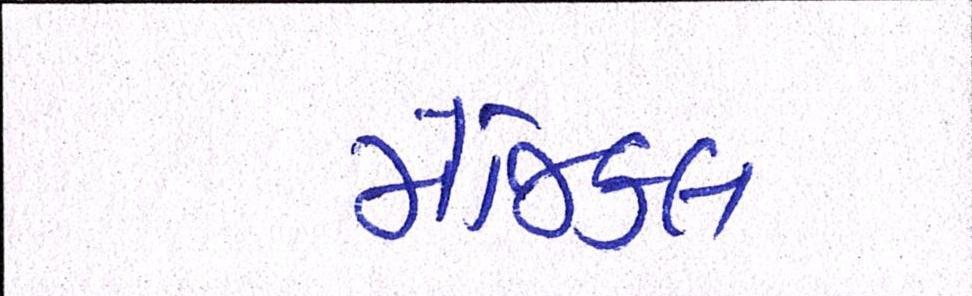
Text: મેજિકલ